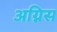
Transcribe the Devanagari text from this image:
अग्निस